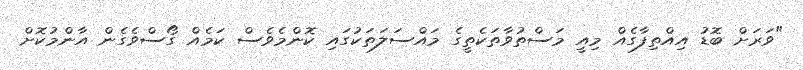
"ވަރަށް ބޮޑު އިއްތިފާގެއް މިއީ މަސްތުވާތަކެތީގެ މައްސަލަތަކުގައި ކޮންމެވެސް ކަމެއް ގޯސްވެގެން އާންމުކޮށް